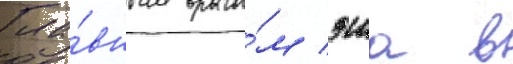
Гла́вным враго́м эша в